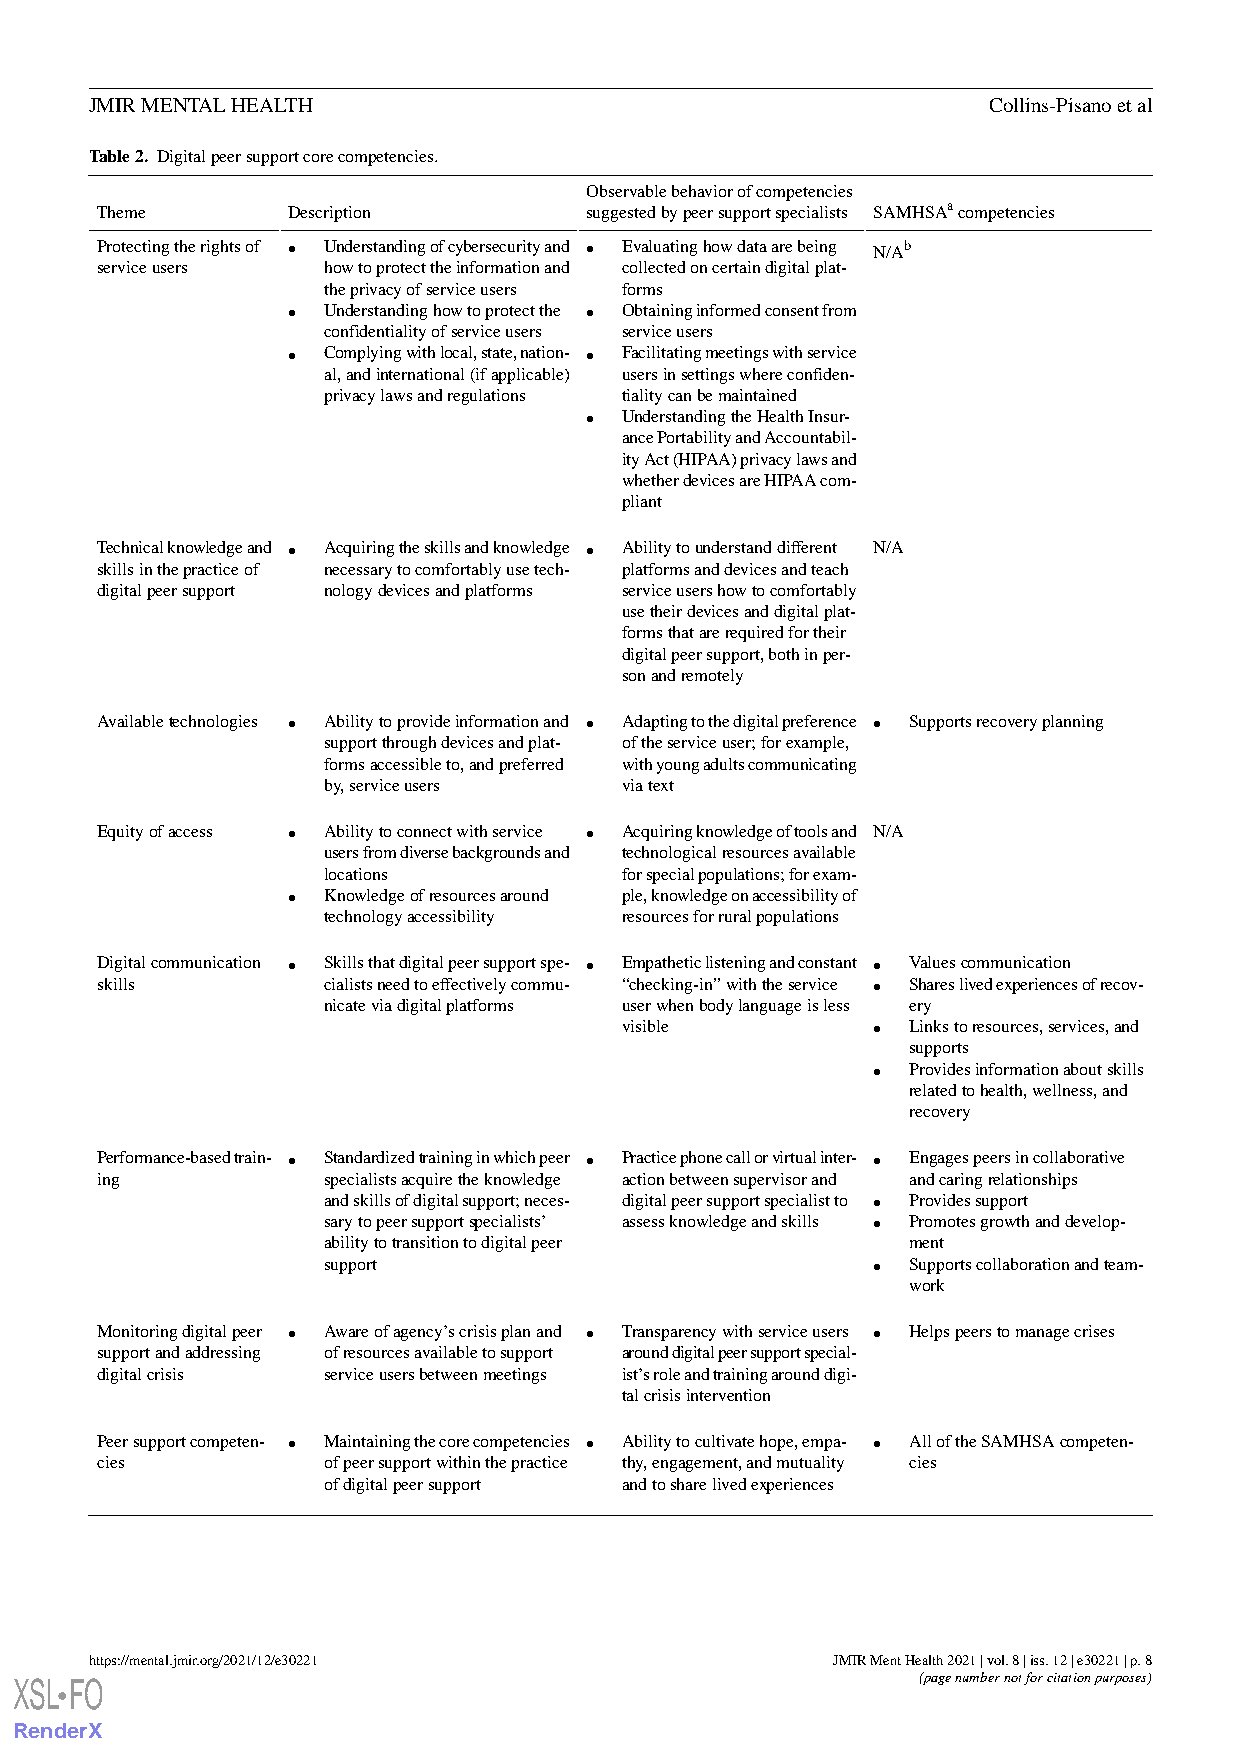
JMIR MENTAL HEALTH                                         Collins-Pisano et al
 Table 2. Digital peer support core competencies.
 Observable behavior of competencies
 Theme        Description         suggested by peer support specialists SAMHSAacompetencies
 Protecting the rights of • Understanding of cybersecurity and • Evaluating how data are being N/Ab
 service users  how to protect the information and collected on certain digital plat-
 the privacy of service users forms
 • Understanding how to protect the • Obtaining informed consent from
 confidentiality of service users service users
 • Complying with local, state, nation- • Facilitating meetings with service
 al, and international (if applicable) users in settings where confiden-
 privacy laws and regulations tiality can be maintained
 • Understanding the Health Insur-
 ance Portability and Accountabil-
 ity Act (HIPAA) privacy laws and
 whether devices are HIPAA com-
 pliant
 Technical knowledge and • Acquiring the skills and knowledge • Ability to understand different N/A
 skills in the practice of necessary to comfortably use tech- platforms and devices and teach
 digital peer support nology devices and platforms service users how to comfortably
 use their devices and digital plat-
 forms that are required for their
 digital peer support, both in per-
 son and remotely
 Available technologies • Ability to provide information and • Adapting to the digital preference • Supports recovery planning
 support through devices and plat- of the service user; for example,
 forms accessible to, and preferred with young adults communicating
 by, service users   via text
 Equity of access • Ability to connect with service • Acquiring knowledge of tools and N/A
 users from diverse backgrounds and technological resources available
 locations           for special populations; for exam-
 • Knowledge of resources around ple, knowledge on accessibility of
 technology accessibility resources for rural populations
 Digital communication • Skills that digital peer support spe- • Empathetic listening and constant • Values communication
 skills         cialists need to effectively commu- “checking-in” with the service • Shares lived experiences of recov-
 nicate via digital platforms user when body language is less ery
 visible          • Links to resources, services, and
 supports
 • Provides information about skills
 related to health, wellness, and
 recovery
 Performance-based train- • Standardized training in which peer • Practice phone call or virtual inter- • Engages peers in collaborative
 ing            specialists acquire the knowledge action between supervisor and and caring relationships
 and skills of digital support; neces- digital peer support specialist to • Provides support
 sary to peer support specialists’ assess knowledge and skills • Promotes growth and develop-
 ability to transition to digital peer  ment
 support                              • Supports collaboration and team-
 work
 Monitoring digital peer • Aware of agency’s crisis plan and • Transparency with service users • Helps peers to manage crises
 support and addressing of resources available to support around digital peer support special-
 digital crisis service users between meetings ist’s role and training around digi-
 tal crisis intervention
 Peer support competen- • Maintaining the core competencies • Ability to cultivate hope, empa- • All of the SAMHSA competen-
 cies           of peer support within the practice thy, engagement, and mutuality cies
 of digital peer support and to share lived experiences
 https://mental.jmir.org/2021/12/e30221           JMIR Ment Health 2021 | vol. 8 | iss. 12 | e30221 | p. 8
 XSL FO                                                      (page number not for citation purposes)
 •
 RenderX